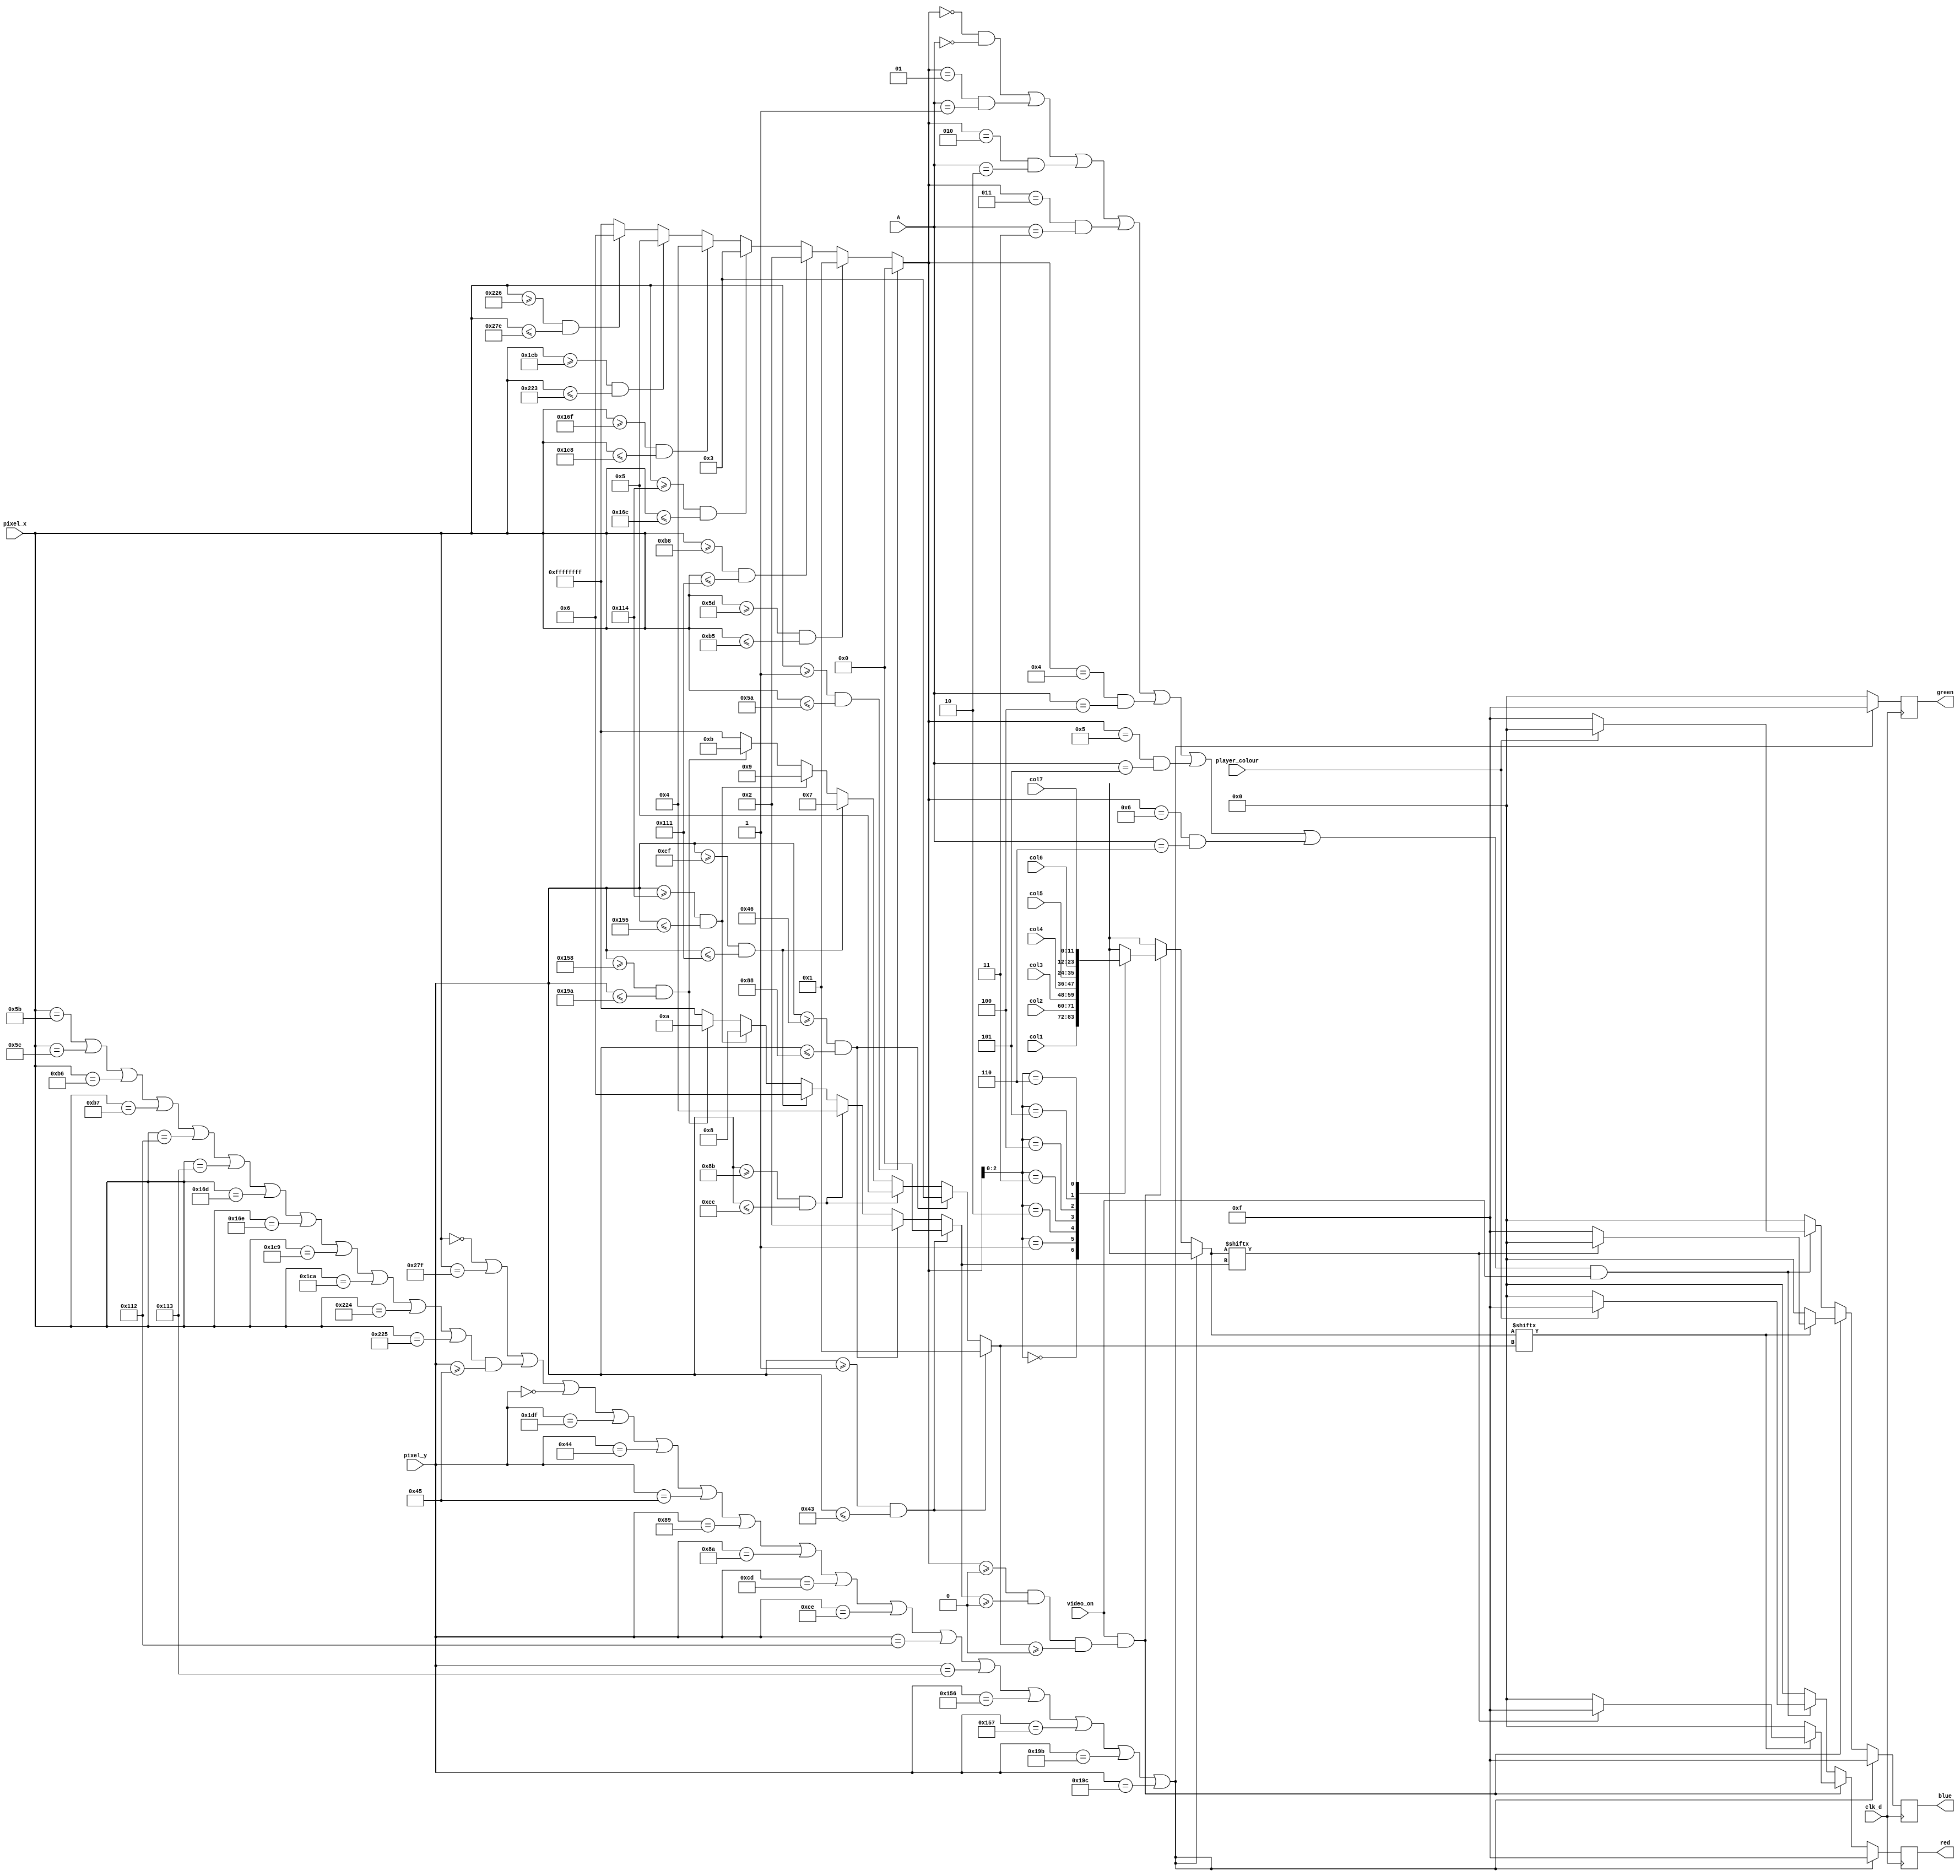
module pixel_gen(
  input clk_d,
  input [9:0] pixel_x,
  input [9:0] pixel_y,
  input video_on,
  input [11:0] col1,
  input [11:0] col2,
  input [11:0] col3,
  input [11:0] col4,
  input [11:0] col5,
  input [11:0] col6,
  input [11:0] col7,
  input [2:0] A,
  input player_colour,
  output reg [3:0] red=0,
  output reg [3:0] green=0,
  output reg [3:0] blue=0
);
    wire [11:0] col [6:0];
    assign col[6] = col7;
    assign col[5] = col6;
    assign col[4] = col5;
    assign col[3] = col4;
    assign col[2] = col3;
    assign col[1] = col2;
    assign col[0] = col1;
    integer col_num;
    integer row_num1;
    integer row_num2;
    reg occupied;
    reg colour;
  always @(posedge clk_d) begin
    if (pixel_x >=1 && pixel_x <=90)
        col_num = 0;
    else if (pixel_x >=93 && pixel_x <=181)
        col_num = 1;
    else if (pixel_x >=184 && pixel_x <=273)
        col_num = 2;
    else if (pixel_x >=276 && pixel_x <=364)
        col_num = 3;
    else if (pixel_x >=367 && pixel_x <=456)
        col_num = 4;
    else if (pixel_x >=459 && pixel_x <=547)
        col_num = 5;
    else if (pixel_x >=550 && pixel_x <=638)
        col_num = 6;
    else
        col_num = -1;
    if (pixel_y >=1 && pixel_y <= 67) begin
        row_num1 = 0;
        row_num2 = 1;
    end
    else if (pixel_y >=70 && pixel_y <= 136) begin
        row_num1 = 2;
        row_num2 = 3;
    end
    else if (pixel_y >=139 && pixel_y <= 204) begin
        row_num1 = 4;
        row_num2 = 5;
    end
    else if (pixel_y >=207 && pixel_y <= 273) begin
        row_num1 = 6;
        row_num2 = 7;
    end
    else if (pixel_y >=276 && pixel_y <= 341) begin
        row_num1 = 8;
        row_num2 = 9;
    end
    else if (pixel_y >=344 && pixel_y <= 410) begin
        row_num1 = 10;
        row_num2 = 11;
    end
    else begin
        row_num1 = -1;
        row_num2 = -1;
    end
    if (
    (pixel_x ==0) || (pixel_x ==639) ||
    (((pixel_x ==91) || (pixel_x ==92) ||
    (pixel_x ==182) || (pixel_x ==183) ||
    (pixel_x ==274) || (pixel_x ==275) ||
    (pixel_x ==365) || (pixel_x ==366) ||
    (pixel_x ==457) || (pixel_x ==458) ||
    (pixel_x ==548) || (pixel_x ==549)) && (pixel_y >=69)) ||
    (pixel_y ==0) || (pixel_y ==479) ||
    (pixel_y ==68) || (pixel_y ==69) ||
    (pixel_y ==137) || (pixel_y ==138) ||
    (pixel_y ==205) || (pixel_y ==206) ||
    (pixel_y ==274) || (pixel_y ==275) ||
    (pixel_y ==342) || (pixel_y ==343) ||
    (pixel_y ==411) || (pixel_y ==412)
    ) 
      begin
      	red <= 4'hF;
      	green <= 4'hF;
      	blue <= 4'hF;
      end
    else if (video_on && (col_num >= 0 && row_num1 >= 0 && row_num2 >= 0))
      begin
        occupied = col[col_num][row_num2];
        colour = col[col_num][row_num1];
        if (occupied == 1'b0) begin
            red <= (4'h0);
            green <= (4'h0);
            blue <= (4'h0);
        end
        else if (colour == 1'b0) begin
            red <= (4'h0);
            green <= (4'h0);
            blue <= (4'hF);
        end
        else begin
            red <= (4'hF);
            green <= (4'h0);
            blue <= (4'h0);
        end
      end
    else if ((col_num == 0 && A == 3'd0  || col_num == 1 && A == 3'd1 || col_num == 2 && A == 3'd2 || col_num == 3 && A == 3'd3 || col_num == 4 && A == 3'd4 || col_num == 5 && A == 3'd5 || col_num == 6 && A == 3'd6)&& video_on) begin
        if (player_colour) begin
            red <= (4'hF);
            green <= (4'h0);
            blue <= (4'h0);
        end
        else begin
            red <= (4'h0);
            green <= (4'h0);
            blue <= (4'hF);
        end
    end
    else
      begin
        red <= (4'h0);
        green <= (4'h0);
        blue <= (4'h0);
      end
  end
endmodule